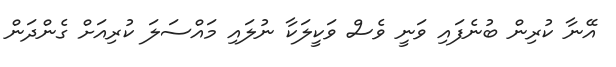
އޭނާ ކުރިން ބުނެފައި ވަނީ ވެސް ވަކީލަކާ ނުލައި މައްސަލަ ކުރިއަށް ގެންދަން